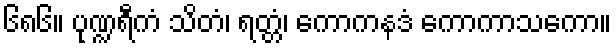
၆၈၆။ ပုဏ္ဍရီကံ သိတံ၊ ရတ္တံ၊ ကောကနဒံ ကောကာသကော။